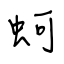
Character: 蚵